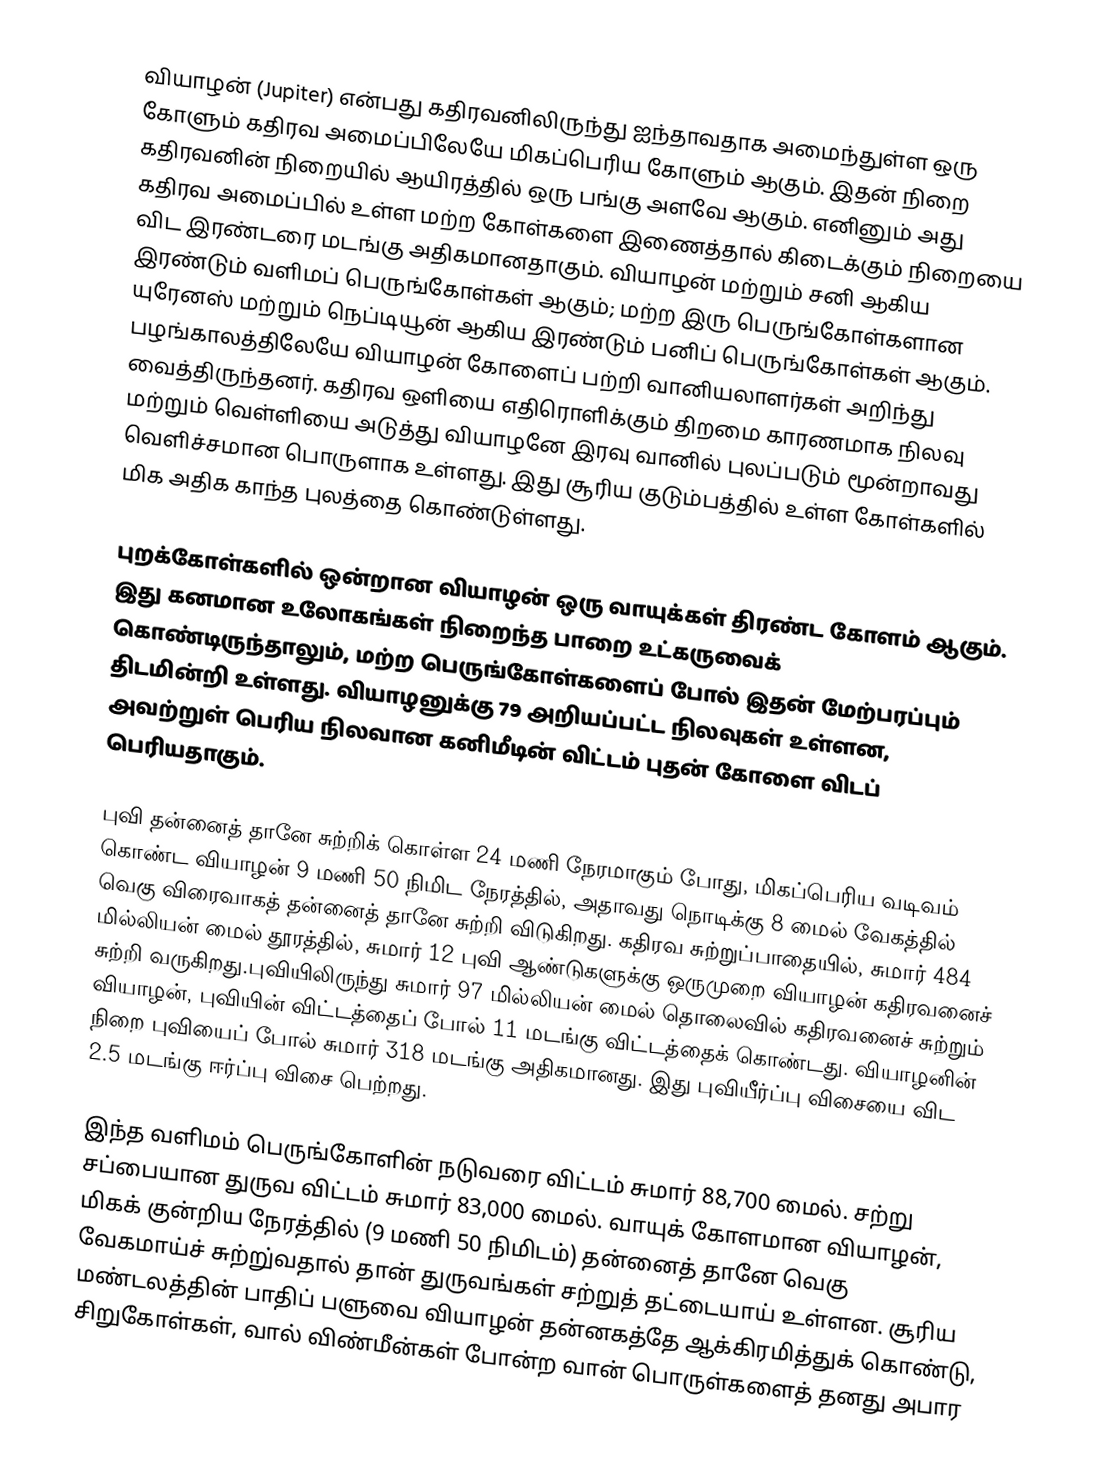
வியாழன் (Jupiter) என்பது கதிரவனிலிருந்து ஐந்தாவதாக அமைந்துள்ள ஒரு கோளும் கதிரவ அமைப்பிலேயே மிகப்பெரிய கோளும் ஆகும். இதன் நிறை கதிரவனின் நிறையில் ஆயிரத்தில் ஒரு பங்கு அளவே ஆகும். எனினும் அது கதிரவ அமைப்பில் உள்ள மற்ற கோள்களை இணைத்தால் கிடைக்கும் நிறையை விட இரண்டரை மடங்கு அதிகமானதாகும். வியாழன் மற்றும் சனி ஆகிய இரண்டும் வளிமப் பெருங்கோள்கள் ஆகும்; மற்ற இரு பெருங்கோள்களான யுரேனஸ் மற்றும் நெப்டியூன் ஆகிய இரண்டும் பனிப் பெருங்கோள்கள் ஆகும். பழங்காலத்திலேயே வியாழன் கோளைப் பற்றி வானியலாளர்கள் அறிந்து வைத்திருந்தனர். கதிரவ ஒளியை எதிரொளிக்கும் திறமை காரணமாக நிலவு மற்றும் வெள்ளியை அடுத்து வியாழனே இரவு வானில் புலப்படும் மூன்றாவது வெளிச்சமான பொருளாக உள்ளது. இது சூரிய குடும்பத்தில் உள்ள கோள்களில் மிக அதிக காந்த புலத்தை கொண்டுள்ளது.

புறக்கோள்களில் ஒன்றான வியாழன் ஒரு வாயுக்கள் திரண்ட கோளம் ஆகும். இது கனமான உலோகங்கள் நிறைந்த பாறை உட்கருவைக் கொண்டிருந்தாலும், மற்ற பெருங்கோள்களைப் போல் இதன் மேற்பரப்பும் திடமின்றி உள்ளது. வியாழனுக்கு 79 அறியப்பட்ட நிலவுகள் உள்ளன, அவற்றுள் பெரிய நிலவான கனிமீடின் விட்டம் புதன் கோளை விடப் பெரியதாகும்.

புவி தன்னைத் தானே சுற்றிக் கொள்ள 24 மணி நேரமாகும் போது, மிகப்பெரிய வடிவம் கொண்ட வியாழன் 9 மணி 50 நிமிட நேரத்தில், அதாவது நொடிக்கு 8 மைல் வேகத்தில் வெகு விரைவாகத் தன்னைத் தானே சுற்றி விடுகிறது. கதிரவ சுற்றுப்பாதையில், சுமார் 484 மில்லியன் மைல் தூரத்தில், சுமார் 12 புவி ஆண்டுகளுக்கு ஒருமுறை வியாழன் கதிரவனைச் சுற்றி வருகிறது.புவியிலிருந்து சுமார் 97 மில்லியன் மைல் தொலைவில் கதிரவனைச் சுற்றும் வியாழன், புவியின் விட்டத்தைப் போல் 11 மடங்கு விட்டத்தைக் கொண்டது. வியாழனின் நிறை புவியைப் போல் சுமார் 318 மடங்கு அதிகமானது. இது புவியீர்ப்பு விசையை விட 2.5 மடங்கு ஈர்ப்பு விசை பெற்றது.

இந்த வளிமம் பெருங்கோளின் நடுவரை விட்டம் சுமார் 88,700 மைல். சற்று சப்பையான துருவ விட்டம் சுமார் 83,000 மைல். வாயுக் கோளமான வியாழன், மிகக் குன்றிய நேரத்தில் (9 மணி 50 நிமிடம்) தன்னைத் தானே வெகு வேகமாய்ச் சுற்று்வதால் தான் துருவங்கள் சற்றுத் தட்டையாய் உள்ளன. சூரிய மண்டலத்தின் பாதிப் பளுவை வியாழன் தன்னகத்தே ஆக்கிரமித்துக் கொண்டு, சிறுகோள்கள், வால் விண்மீன்கள் போன்ற வான் பொருள்களைத் தனது அபார